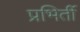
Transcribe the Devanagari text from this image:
प्रभिर्ती